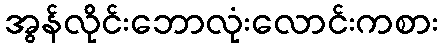
အွန်လိုင်းဘောလုံးလောင်းကစား